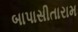
બાપાસીતારામ